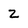
Character: 2